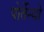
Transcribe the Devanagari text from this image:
पोर्तेन्यो